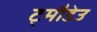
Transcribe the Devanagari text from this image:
ट्मौडेउ